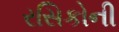
રસિકોની